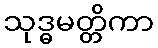
သုဒ္ဓမတ္တိကာ